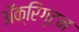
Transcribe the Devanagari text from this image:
ॲक्रिंग्टन